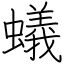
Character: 蟻